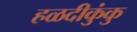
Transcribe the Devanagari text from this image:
हळदीकुंकु